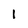
Character: 1